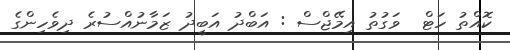
ކޮއްތު ހަޓް  ވަގުތު އިމޭޖްސް : އަބްދު އަބީދު ޒަމާނުއްސުރެ ދިވެހިންގެ